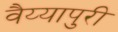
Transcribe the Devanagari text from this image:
वैय्यापुरी